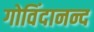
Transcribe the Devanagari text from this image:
गोविंदानन्द